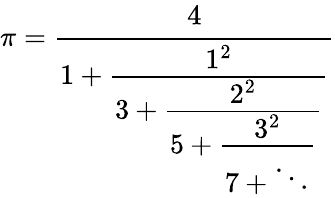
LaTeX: \pi={\cfrac{4}{1+{\cfrac{1^{2}}{3+{\cfrac{2^{2}}{5+{\cfrac{3^{2}}{7+\ddots}}}}}}}}